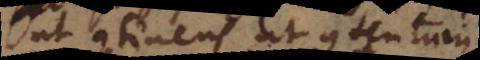
ut continens et contentum